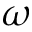
\omega